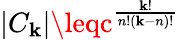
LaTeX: |C_{\mathbf{k}}|\leqc^{\frac{{\mathbf{k}!}}{{n!(\mathbf{k}-n)!}}}